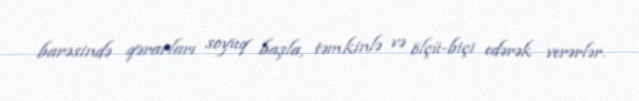
barəsində qərarları soyuq başla, təmkinlə və ölçü-biçi edərək verərlər.